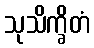
သုသိက္ခိတံ